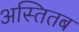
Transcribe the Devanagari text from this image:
अस्तितब